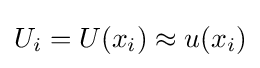
U_{i}=U(x_{i})\approx u(x_{i})